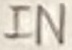
Text: IN